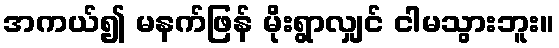
အကယ်၍ မနက်ဖြန် မိုးရွာလျှင် ငါမသွားဘူး။